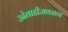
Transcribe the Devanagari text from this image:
उढेवाडीजवळच